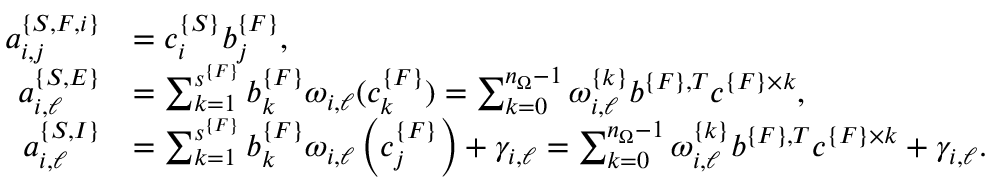
\begin{array} { r l } { a _ { i , j } ^ { \{ S , F , i \} } } & { = c _ { i } ^ { \{ S \} } b _ { j } ^ { \{ F \} } , } \\ { a _ { i , \ell } ^ { \{ S , E \} } } & { = \sum _ { k = 1 } ^ { s ^ { \{ F \} } } b _ { k } ^ { \{ F \} } \omega _ { i , \ell } ( c _ { k } ^ { \{ F \} } ) = \sum _ { k = 0 } ^ { n _ { \Omega } - 1 } \omega _ { i , \ell } ^ { \{ k \} } b ^ { \{ F \} , T } c ^ { \{ F \} \times k } , } \\ { a _ { i , \ell } ^ { \{ S , I \} } } & { = \sum _ { k = 1 } ^ { s ^ { \{ F \} } } b _ { k } ^ { \{ F \} } \omega _ { i , \ell } \left( c _ { j } ^ { \{ F \} } \right) + \gamma _ { i , \ell } = \sum _ { k = 0 } ^ { n _ { \Omega } - 1 } \omega _ { i , \ell } ^ { \{ k \} } b ^ { \{ F \} , T } c ^ { \{ F \} \times k } + \gamma _ { i , \ell } . } \end{array}